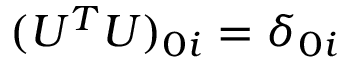
( U ^ { T } U ) _ { 0 i } = \delta _ { 0 i }